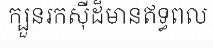
ក្បួនរកស៊ីដ៏មានឥទ្ធពល